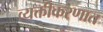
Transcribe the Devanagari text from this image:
व्यक्तीकरणात